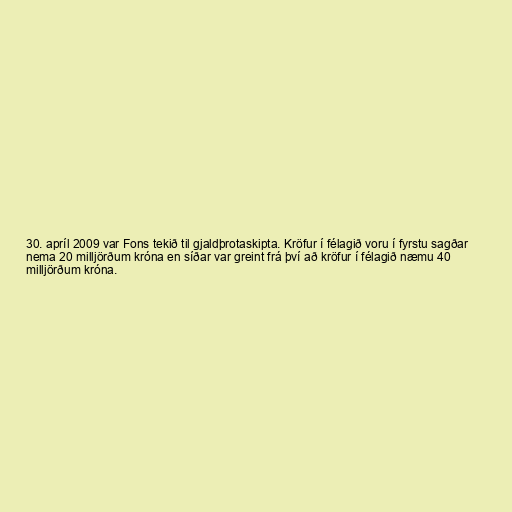
30. apríl 2009 var Fons tekið til gjaldþrotaskipta. Kröfur í félagið voru í fyrstu sagðar
nema 20 milljörðum króna en síðar var greint frá því að kröfur í félagið næmu 40
milljörðum króna.